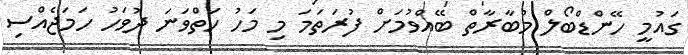
ގައުމީ ހޭންޑްބޯލް މުބާރާތް ބޭއްވުމަށް ފުރަތަމަ މި މަހު ހަތްވަނަ ދުވަހު ހަމަޖެއްސި